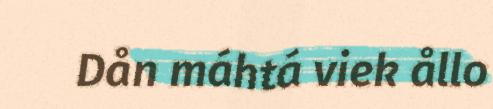
Dån máhtá viek ållo